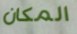
المكان